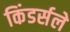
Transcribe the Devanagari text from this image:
किंडर्सले